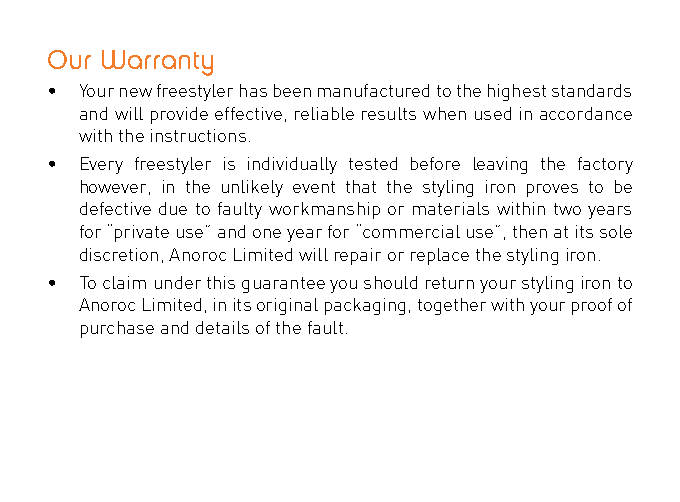
Our Warranty
 • Your new freestyler has been manufactured to the highest standards
 and will provide effective, reliable results when used in accordance
 with the instructions.
 • Every freestyler is individually tested before leaving the factory
 however, in the unlikely event that the styling iron proves to be
 defective due to faulty workmanship or materials within two years
 for “private use” and one year for “commercial use”, then at its sole
 discretion, Anoroc Limited will repair or replace the styling iron.
 • To claim under this guarantee you should return your styling iron to
 Anoroc Limited, in its original packaging, together with your proof of
 purchase and details of the fault.